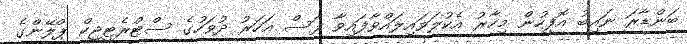
ބަންޑާރަ ނައިބު އޮފީހުން މިހާރު އެކުލަވައިލައްވާފައިވާ ފަސް އަހަރު ދުވަހުގެ ސްޓްރެޓީޖިކް ޕްލޭންގެ